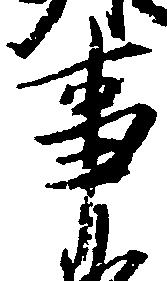
事